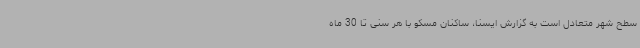
سطح شهر متعادل است به گزارش ایسنا، ساکنان مسکو با هر سنی تا 30 ماه